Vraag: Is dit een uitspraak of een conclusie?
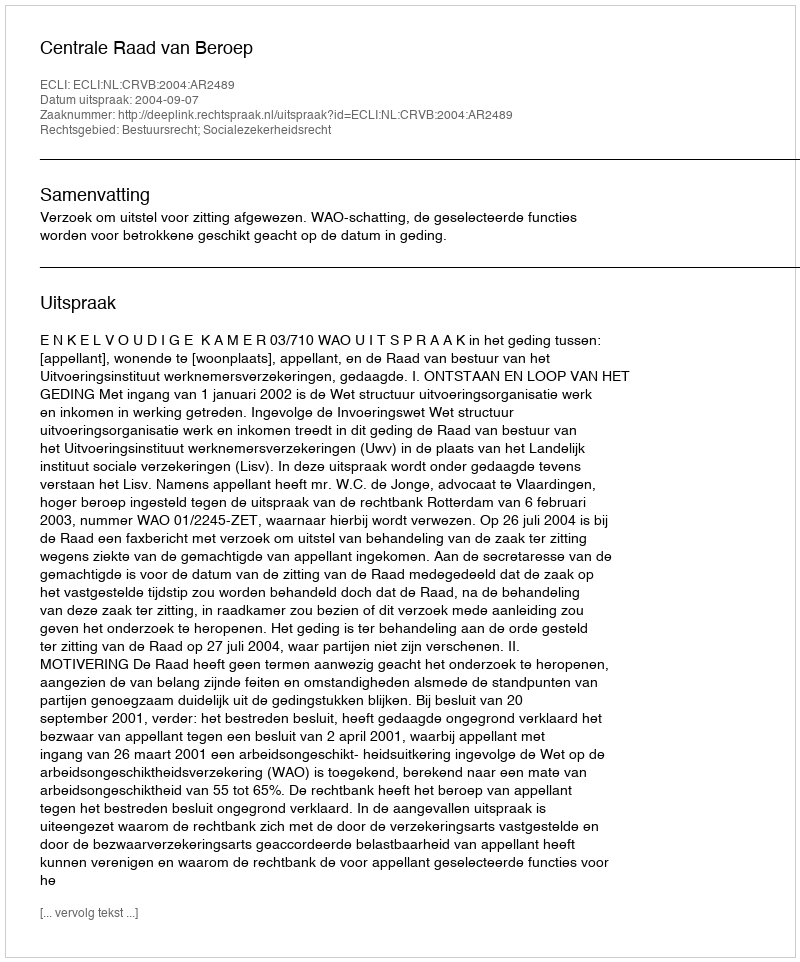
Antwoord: Uitspraak